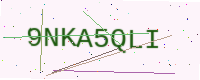
Text: 9NKA5QLI